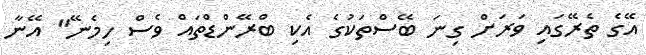
އޭގެ ތެރޭގައި ވަރަށް ގިނަ ބޭސްތަކުގެ އެކި ބްރޭންޑްތައް ވެސް ހިމެނޭ" އޭނާ